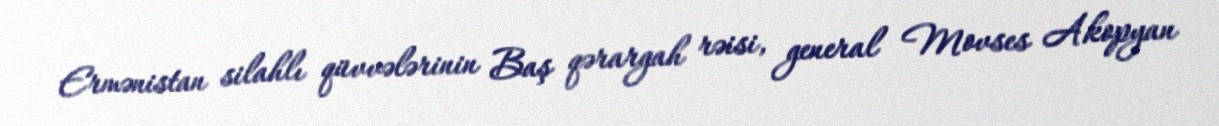
Ermənistan silahlı qüvvələrinin Baş qərargah rəisi, general Movses Akopyan